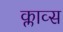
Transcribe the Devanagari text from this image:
क्लाव्स